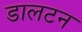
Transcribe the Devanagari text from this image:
डालटन